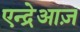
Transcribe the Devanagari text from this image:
एन्द्रेआज़